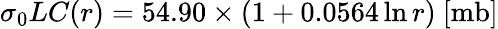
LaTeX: \sigma_{0}LC(r)=54.90\times(1+0.0564\ln{r})~[\mathrm{mb]}